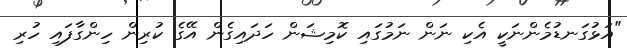
"އަޅުގަނޑުމެންނަކީ އެކި ނަން ނަމުގައި ކޮމިޝަން ހަދައިގެން އޭގެ ކުރިން ހިންގާފައި ހުރި